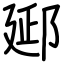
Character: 郔